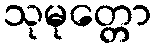
သုမုတ္တော